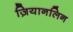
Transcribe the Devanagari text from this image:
ज़ियानलिन